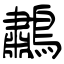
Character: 鷫